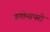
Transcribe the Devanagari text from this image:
वयोमापरो